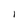
Character: I